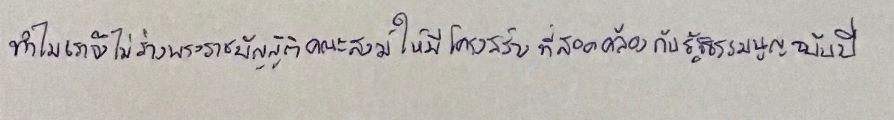
ทำไมเราจึงไม่ร่างพระราชบัญญัติคณะสงฆ์ให้มีโครงสร้างที่สอดคล้องกับรัฐธรรมนูญฉบับปี